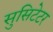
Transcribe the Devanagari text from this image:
सुसिटेटर